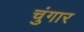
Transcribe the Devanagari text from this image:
चुंगार